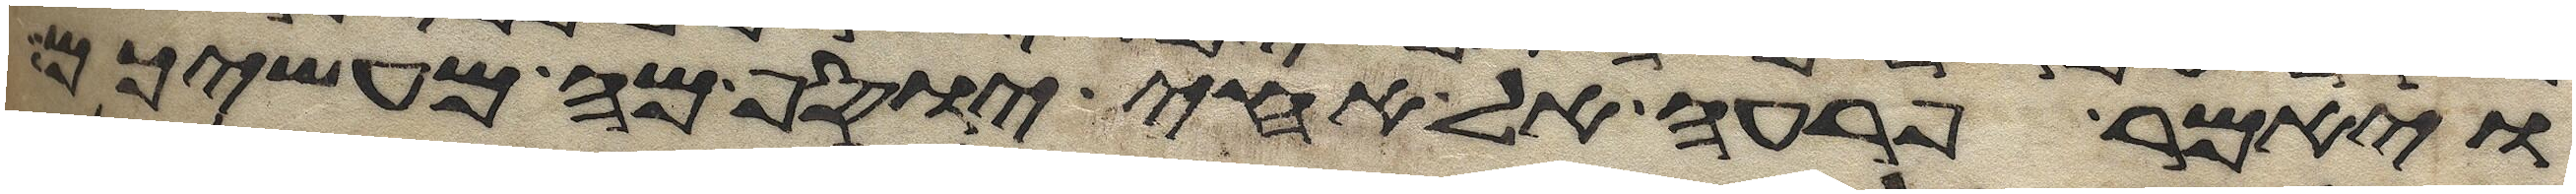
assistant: ויאמר פרעה אל אחי יוסף מה מעשיכם